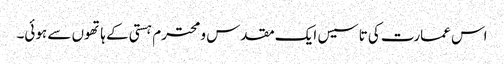
اس عمارت کی تاسیس ایک مقدس و محترم ہستی کے ہاتھوں سے ہوئی۔